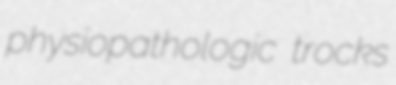
physiopathologic trocks